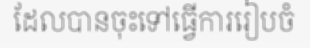
ដែលបានចុះទៅធ្វើការរៀបចំ